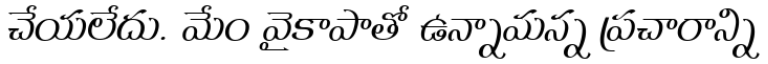
చేయలేదు. మేం వైకాపాతో ఉన్నామన్న ప్రచారాన్ని